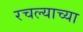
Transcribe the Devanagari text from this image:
रचल्याच्या